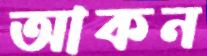
আকন